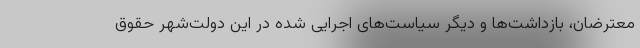
معترضان، بازداشت‌ها و دیگر سیاست‌های اجرایی شده در این دولت‌شهر حقوق